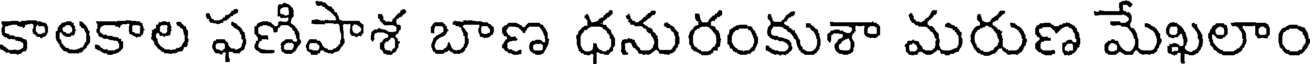
కాలకాల ఫణిపాశ బాణ ధనురంకుశా మరుణ మేఖలాం